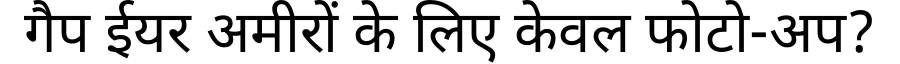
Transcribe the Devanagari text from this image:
गैप ईयर अमीरों के लिए केवल फोटो-अप?